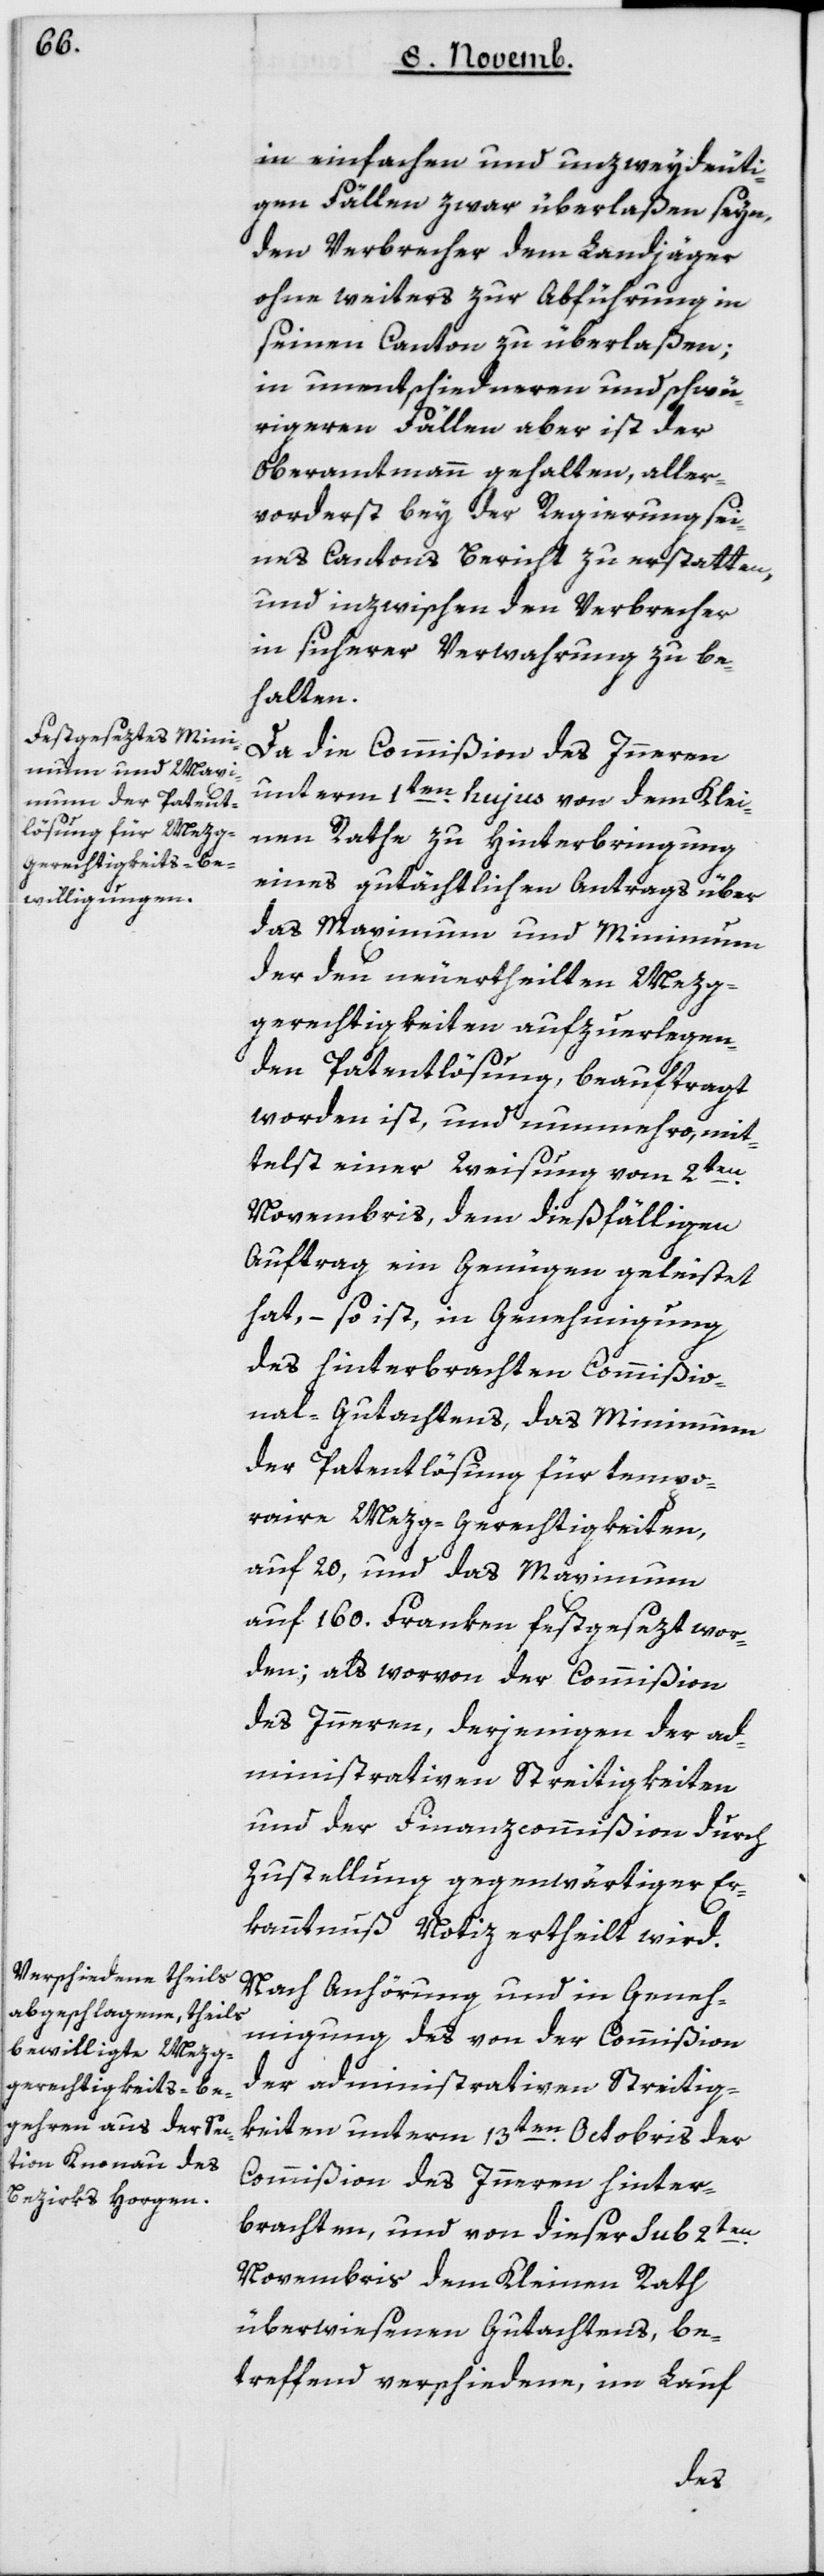
in einfachen und unzweydeuti¬
gen Fällen zwar überlaßen seyn,
den Verbrecher dem Landjäger
ohne weiters zur Abführung in
seinen Canton zu überlaßen;
in unentschiedneren und schwü¬
rigeren Fällen aber ist der
Oberamtmann gehalten, aller¬
vorderst bey der Regierung sei¬
nes Cantons Bericht zu erstatten,
und inzwischen den Verbrecher
in sicherer Verwahrung zu be¬
halten.
Da die Commißion des Innern
unterm 1ten hujus von dem Klei¬
nen Rathe zu Hinterbringung
eines gutächtlichen Antrags über
das Maximum und Minimum
der den neuertheilten Mezg¬
gerechtigkeiten aufzuerlegen¬
den Patentlösung, beauftragt
worden ist, und nunmehro mit¬
telst einer Weisung vom 2ten
Novembris, dem dießfälligen
Auftrag ein Genügen geleistet
hat, – so ist, in Genehmigung
des hinterbrachten Commißio¬
nal-Gutachtens, das Minimum
der Patentlösung für tempo¬
raire Mezg-Gerechtigkeiten
auf 20 und das Maximum
auf 160 Franken festgesetzt wor¬
den, als worvon der Commißion
des Innern, derjenigen der ad¬
ministrativen Streitigkeiten
und der Finanzcommißion durch
Zustellung gegenwärtiger Er¬
kanntnuß Notiz ertheilt wird.
Nach Anhörung und in Geneh¬
migung des von der Commißion
der administrativen Streitig¬
keiten unterm 13ten Octobris der
Commißion des Innern hinter¬
brachten, und von dieser sub 2ten
Novembris dem Kleinen Rath
überwiesenen Gutachtens, be¬
treffend verschiedene, im Lauf